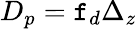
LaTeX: D_{p}=\mathtt{f}_{d}\Delta_{z}